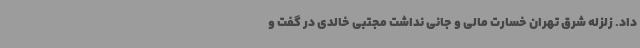
داد. زلزله شرق تهران خسارت مالی و جانی نداشت مجتبی خالدی در گفت و